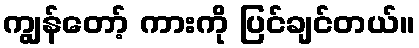
ကျွန်တော့် ကားကို ပြင်ချင်တယ်။